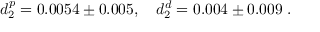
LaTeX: d _ { 2 } ^ { p } = 0 . 0 0 5 4 \pm 0 . 0 0 5 , ~ ~ ~ d _ { 2 } ^ { d } = 0 . 0 0 4 \pm 0 . 0 0 9 \ .